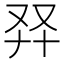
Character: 𠬺